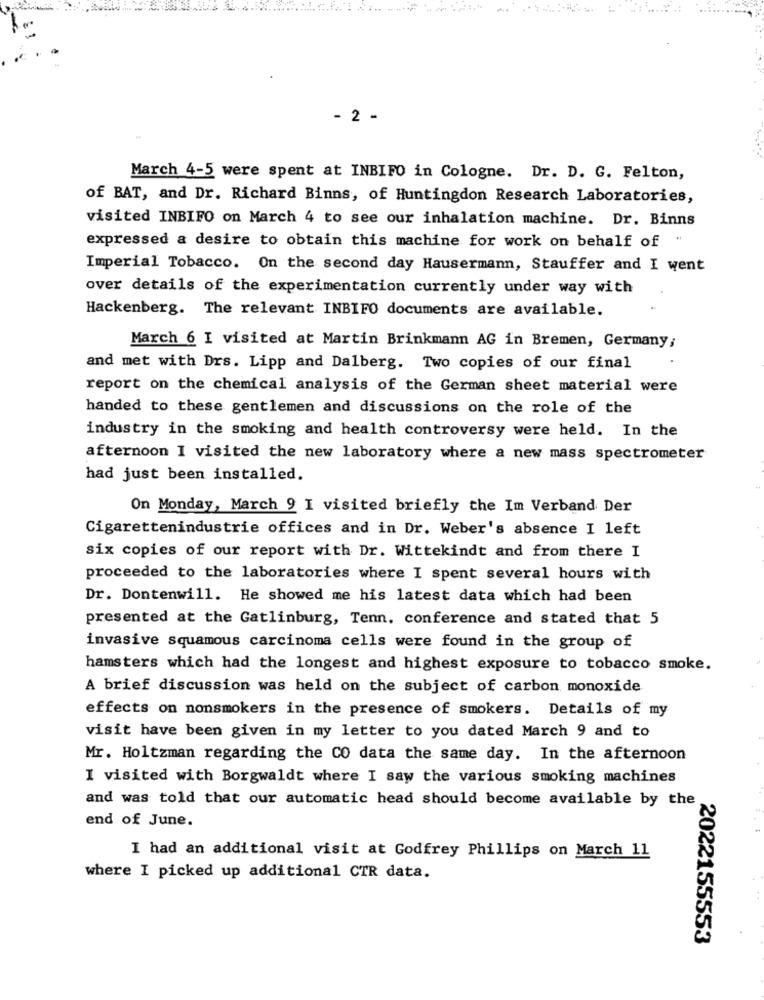
- 2 -
March 4-5 were spent at INBIFO in Cologne. Dr. D. G. Felton,
of BAT, and Dr. Richard Binns, of Huntingdon Research Laboratories,
visited INBIFO on March 4 to see our inhalation machine. Dr. Binns
expressed a desire to obtain this machine for work on behalf of "
Imperial Tobacco. On the second day Hausermann, Stauffer and I went
over details of the experimentation currently under way with
Hackenberg. The relevant INBIFO documents are available.
March 6 I visited at Martin Brinkmann AG in Bremen, Germany;
and met with Drs. Lipp and Dalberg. Two copies of our final
report on the chemical analysis of the German sheet material were
handed to these gentlemen and discussions on the role of the
industry in the smoking and health controversy were held. In the
afternoon I visited the new laboratory where a new mass spectrometer
had just been installed.
On Monday, March 9 I visited briefly the Im Verband Der
Cigarettenindustrie offices and in Dr. Weber's absence I left
six copies of our report with Dr. Wittekindt and from there I
proceeded to the laboratories where I spent several hours with
Dr. Dontenwill. He showed me his latest data which had been
presented at the Gatlinburg, Tenn. conference and stated that 5
invasive squamous carcinoma cells were found in the group of
hamsters which had the longest and highest exposure to tobacco smoke.
A brief discussion was held on the subject of carbon monoxide
effects on nonsmokers in the presence of smokers. Details of my
visit have been given in my letter to you dated March 9 and to
Mr. Holtzman regarding the CO data the same day. In the afternoon
I visited with Borgwaldt where I saw the various smoking machines
and was told that our automatic head should become available by the
end of June.
I had an additional visit at Godfrey Phillips on March 11
where I picked up additional CTR data.
2022155553